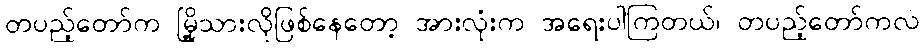
တပည့်တော်က မြို့သားလိုဖြစ်နေတော့ အားလုံးက အရေးပါကြတယ်၊ တပည့်တော်ကလဲ